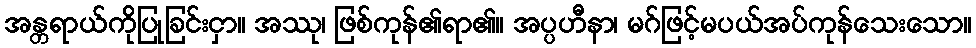
အန္တရာယ်ကိုပြုခြင်းငှာ။ အဿု၊ ဖြစ်ကုန်၏ရာ၏။ အပ္ပဟီနာ၊ မဂ်ဖြင့်မပယ်အပ်ကုန်သေးသော။